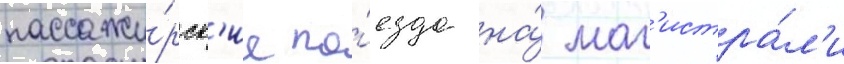
пассажи́рск'ие по́езда на́ маг'истра́л'и